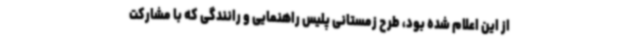
از این اعلام شده بود، طرح زمستانی پلیس راهنمایی و رانندگی که با مشارکت